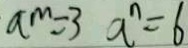
a ^ { m } = 3 a ^ { n } = 6